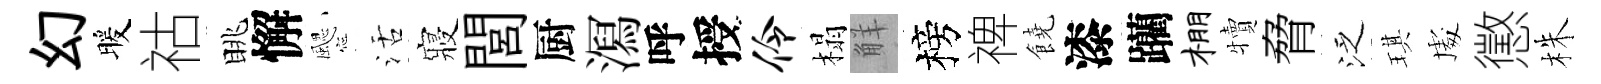
幻暖祜眺懈颸活寢閭厨㵼呼授伶榻觧榜禆饒漆躪棚犢脅泛琪䖏懲株